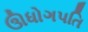
ઊધોગપતિ